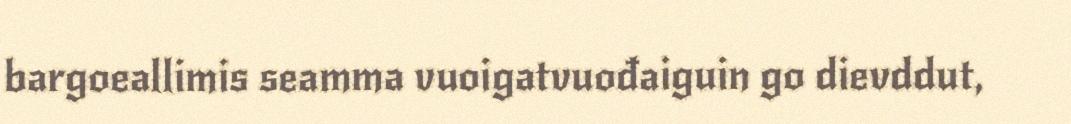
bargoeallimis seamma vuoigatvuođaiguin go dievddut,